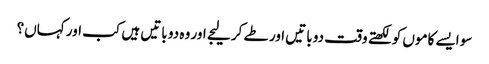
سو ایسے کاموں کو لکھتے وقت دو باتیں اور طے کر لیجے اور وہ دو باتیں ہیں کب اور کہاں؟